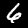
Label: 6